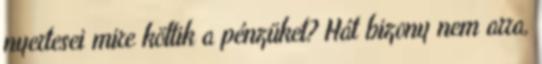
nyertesei mire költik a pénzüket? Hát bizony nem arra,